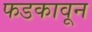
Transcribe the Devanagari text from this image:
फडकावून